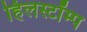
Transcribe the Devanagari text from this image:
हिलस्टॉम्प